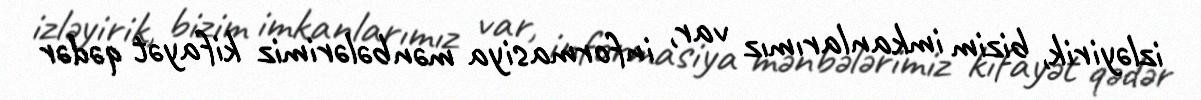
izləyirik, bizim imkanlarımız var, informasiya mənbələrimiz kifayət qədər